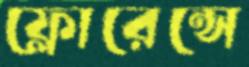
ফ্লোরেন্সে